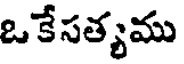
ఒ కేసత్యము